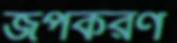
জপকরণ